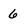
Character: 6